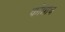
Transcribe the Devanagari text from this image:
कोन्नाच